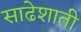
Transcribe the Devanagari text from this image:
साढेशाती